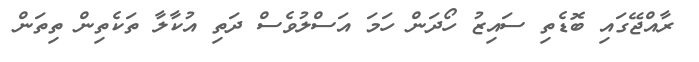
ރާއްޖޭގައި ބޮޑެތި ސައިޒު ހޯދަން ހަމަ އަސްލުވެސް ދަތި އުކާލާ ތަކެތިން ތިތަން